Annual report on the mental hospital in the Central Provinces and Berar (Nagpur) - 1927-1951
Year: 1927
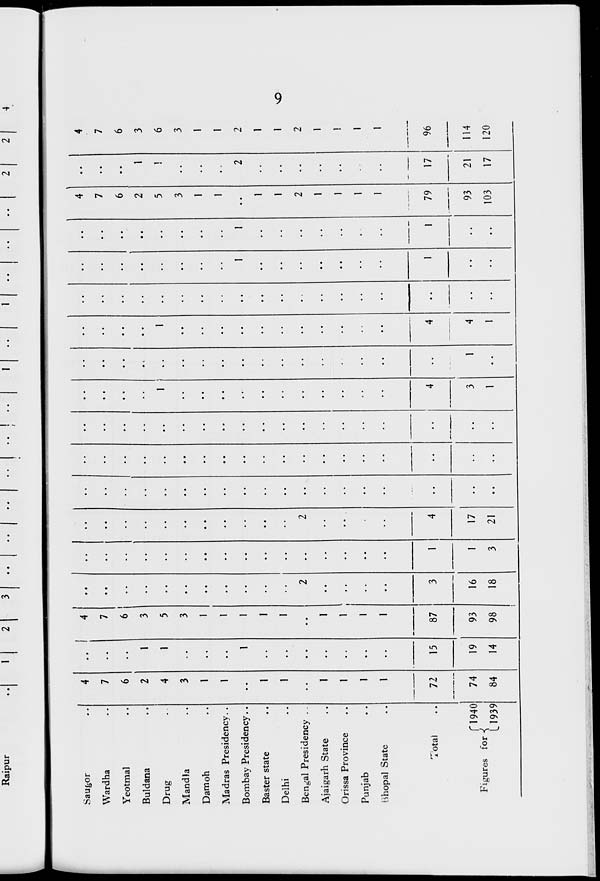
Raipur
———
■■
Saugor
Wardha
Yeotmal
Buldana
Drug
Mandla
Damoh
Madras Presidency..
Bombay Presidency..
Baster state
Delhi
Bengal Presidency . .
Ajaigarh State
Orissa Province
Punjab
Bhopal State
4
7
6
2
4
3
..
1
1
1
15
4
7
6
3
5
3
87
2
2
4
••
1
, t
1
4
4
1
1
1
1
1
4
7
6
2
5
3
2
79
93
103
1
1
2
17
21
17
4
7
6
3
6
3
2
2
Total
72
74
84
3
16
18
1
••
4
1
96
("1940
Figures for ■{
U939
19
14
93
98
1
3
17
21
••
3
1
••
114
120
sO